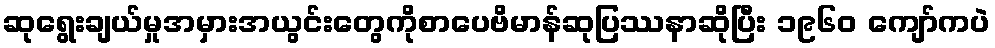
ဆုရွေးချယ်မှုအမှားအယွင်းတွေကိုစာပေဗိမာန်ဆုပြဿနာဆိုပြီး ၁၉၆၀ ကျော်ကပဲ